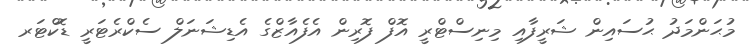
މުޙަންމަދު ޙުސައިން ޝަރީފާއި މިނިސްޓްރީ އޮފް ފޮރިން އެފެއާޒްގެ އެޑިޝަނަލް ސެކްރެޓަރީ ޑޮކްޓަރ